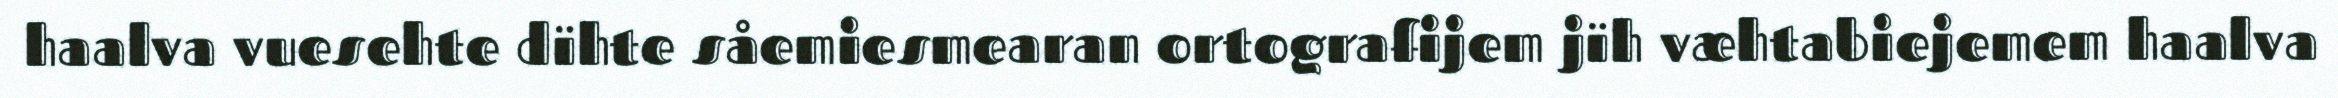
haalva vuesehte dïhte såemiesmearan ortografijem jïh væhtabiejemem haalva